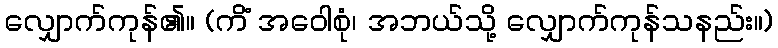
လျှောက်ကုန်၏။ (ကိံ အဝေါစုံ၊ အဘယ်သို့ လျှောက်ကုန်သနည်း။)